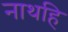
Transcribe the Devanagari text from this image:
नाथहि